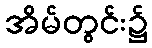
အိမ်တွင်း၌